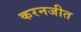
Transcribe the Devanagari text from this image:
करनजीत